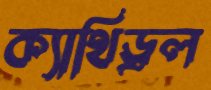
ক্যাথিড্রল